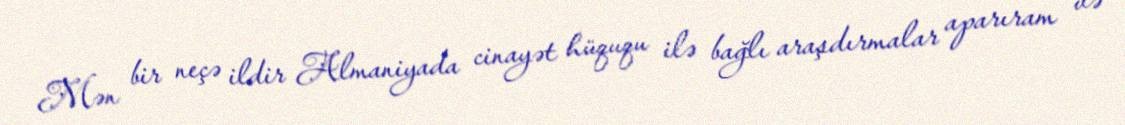
Mən bir neçə ildir Almaniyada cinayət hüququ ilə bağlı araşdırmalar aparıram və